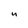
Character: u